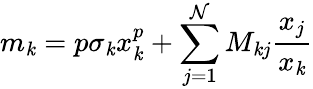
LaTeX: m_{\mathit{k}}=p\sigma_{\mathit{k}}x_{\mathit{k}}^{p}+\sum_{j=1}^{\mathcal{N}}M_{\mathit{k}j}\frac{{x_{j}}}{{x_{\mathit{k}}}}